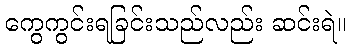
ကွေကွင်းရခြင်းသည်လည်း ဆင်းရဲ။